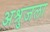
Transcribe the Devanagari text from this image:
अश्रुजला